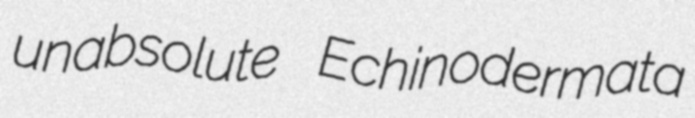
unabsolute Echinodermata